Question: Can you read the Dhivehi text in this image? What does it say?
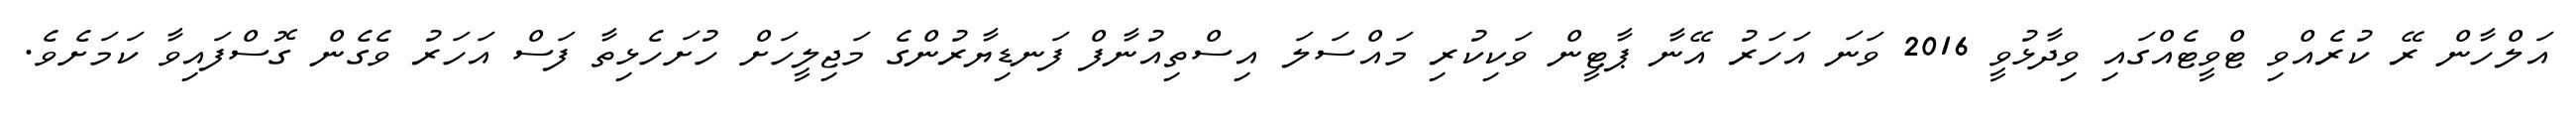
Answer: އަލްހާން ރޭ ކުރެއްވި ޓްވީޓެއްގައި ވިދާޅުވީ 2016 ވަނަ އަހަރު އޭނާ ޕާޓީން ވަކިކުރި މައްސަލަ އިސްތިއުނާފް ފަނޑިޔާރުންގެ މަޖިލީހަށް ހުށަހެޅިތާ ފަސް އަހަރު ވެގެން ގޮސްފައިވާ ކަމަށެވެ.